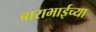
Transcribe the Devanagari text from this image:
बाराभाईच्या